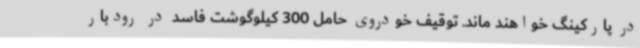
در پارکینگ خواهند ماند. توقیف خودروی حامل 300 کیلوگوشت فاسد در رودبار